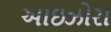
આઇઝોરા